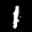
Label: 1